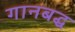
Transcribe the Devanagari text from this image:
गानबद्ध